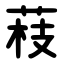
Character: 䓩